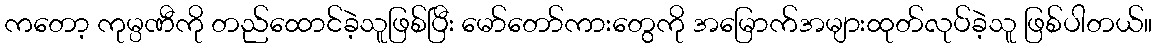
ကတော့ ကုမ္ပဏီကို တည်ထောင်ခဲ့သူဖြစ်ပြီး မော်တော်ကားတွေကို အမြောက်အများထုတ်လုပ်ခဲ့သူ ဖြစ်ပါတယ်။